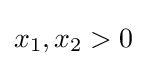
x_{1},x_{2}>0